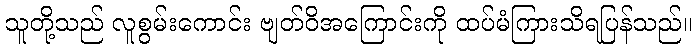
သူတို့သည် လူစွမ်းကောင်း ဗျတ်ဝိအကြောင်းကို ထပ်မံကြားသိရပြန်သည်။